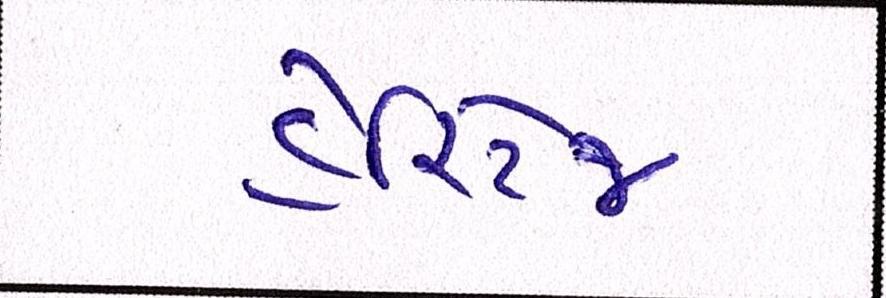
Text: હેરિટેજ